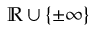
\mathbb { R } \cup \{ \pm \infty \}